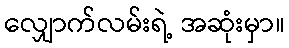
လျှောက်လမ်းရဲ့ အဆုံးမှာ။